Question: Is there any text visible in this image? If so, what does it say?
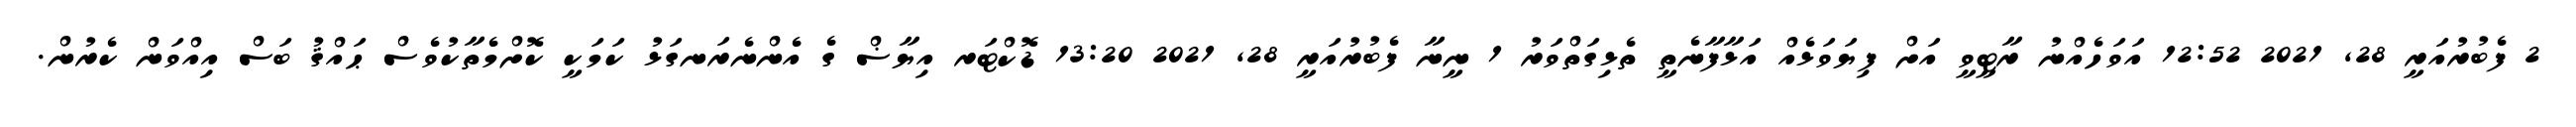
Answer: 2 ފެބުރުއަރީ 28, 2021 12:52 އަވަހެއްނު ރާޓީވީ އަށް ފިޔަވަޅެއް އަޅާފާނެތީ ތެޅިގަތްވަރު 1 ނީނާ ފެބުރުއަރީ 28, 2021 13:20 ޑޮކްޓަރ އިޔާޟް ގެ އެންނެރަނގަޅު ކަމަކީ ކޮށްމެތާކުވެސް ޙައްޤު ބަސް އިއްވަން ކެރުން.